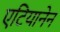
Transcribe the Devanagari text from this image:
एटियानेन